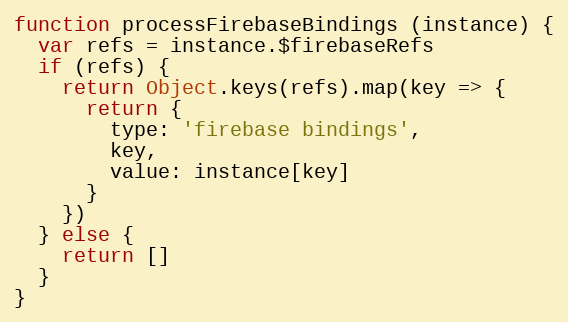
Language: JavaScript
function processFirebaseBindings (instance) {
  var refs = instance.$firebaseRefs
  if (refs) {
    return Object.keys(refs).map(key => {
      return {
        type: 'firebase bindings',
        key,
        value: instance[key]
      }
    })
  } else {
    return []
  }
}